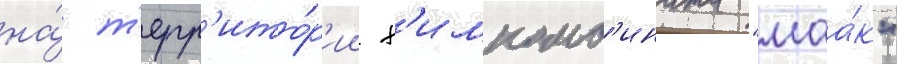
на́ т'ерр'ито́р'ии х'имкомб'ината "маа́к"